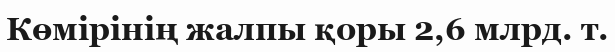
Көмірінің жалпы қоры 2,6 млрд. т.